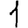
Digit: 1